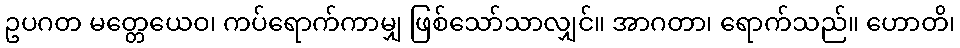
ဥပဂတ မတ္တေယေဝ၊ ကပ်ရောက်ကာမျှ ဖြစ်သော်သာလျှင်။ အာဂတာ၊ ရောက်သည်။ ဟောတိ၊